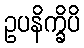
ဥပနိက္ခိပိ